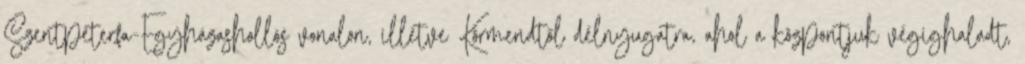
Szentpéterfa-Egyházashollós vonalon, illetve Körmendtől délnyugatra, ahol a központjuk végighaladt,